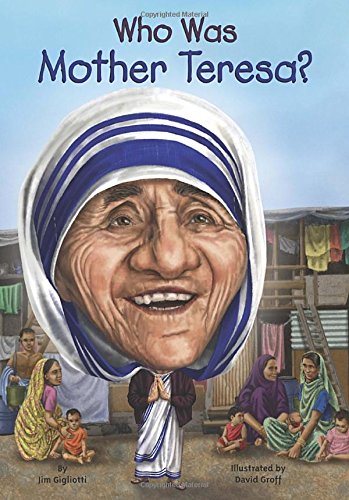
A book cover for Who Was Mother Teresa?; Jim Gigliotti; Christian Books & Bibles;